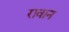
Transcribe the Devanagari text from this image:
रावान